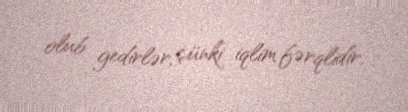
olub gedirlər, çünki iqlim fərqlidir.